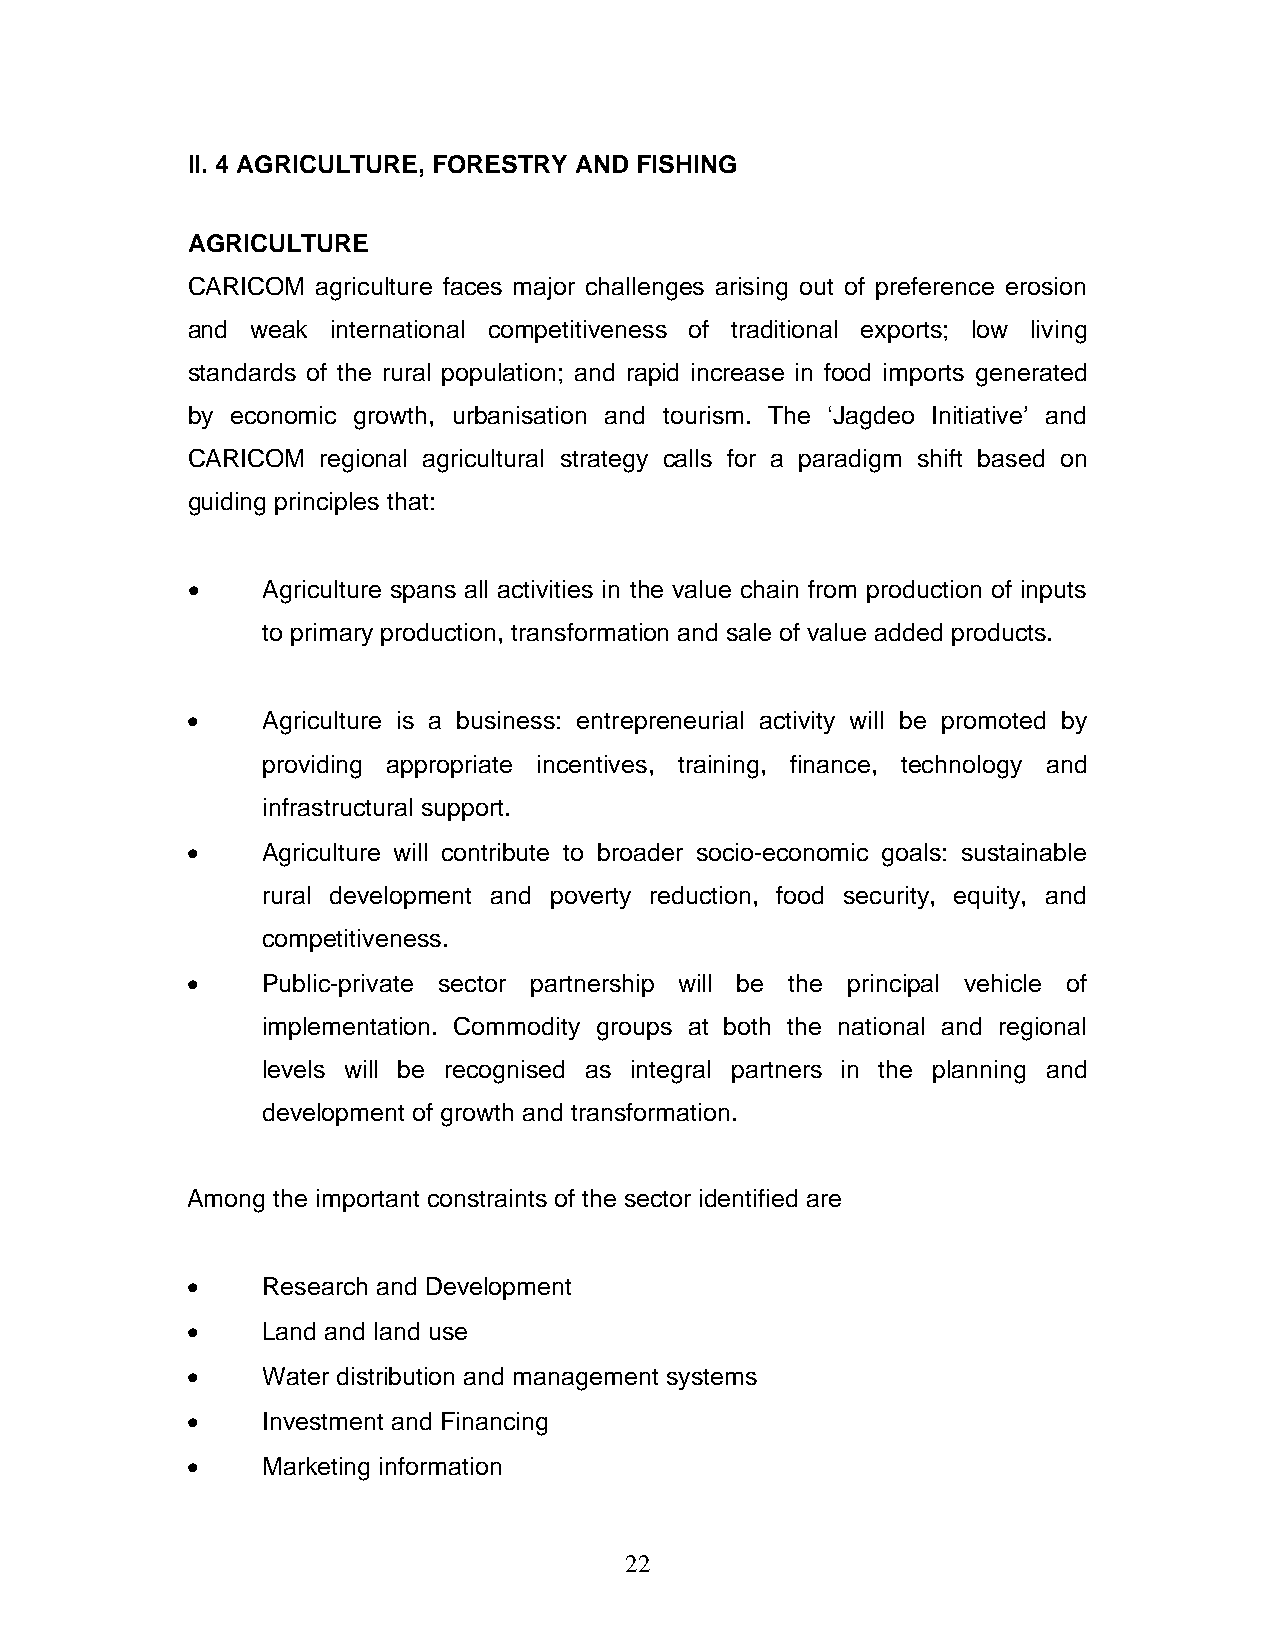
II. 4 AGRICULTURE, FORESTRY AND FISHING
 AGRICULTURE
 CARICOM  agriculture faces major challenges arising out of preference erosion
 and  weak international competitiveness of traditional exports; low living
 standards of the rural population; and rapid increase in food imports generated
 by economic growth, urbanisation and tourism. The ‘Jagdeo Initiative’ and
 CARICOM  regional agricultural strategy calls for a paradigm shift based on
 guiding principles that:
 •    Agriculture spans all activities in the value chain from production of inputs
 to primary production, transformation and sale of value added products.
 •    Agriculture is a business: entrepreneurial activity will be promoted by
 providing appropriate incentives, training, finance, technology and
 infrastructural support.
 •    Agriculture will contribute to broader socio-economic goals: sustainable
 rural development and poverty reduction, food security, equity, and
 competitiveness.
 •    Public-private sector partnership will be the principal vehicle of
 implementation. Commodity groups at both the national and regional
 levels will be recognised as integral partners in the planning and
 development of growth and transformation.
 Among the important constraints of the sector identified are
 •    Research and Development
 •    Land and land use
 •    Water distribution and management systems
 •    Investment and Financing
 •    Marketing information
 22